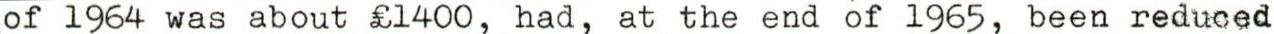
of 1964 was about £1400, had, at the end of 1965, been reduced